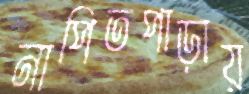
নাপিতপাড়ায়